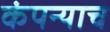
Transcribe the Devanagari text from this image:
कंपन्याच